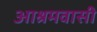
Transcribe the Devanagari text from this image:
आश्रमवासी